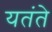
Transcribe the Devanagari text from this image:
यतंते